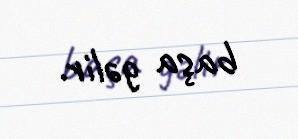
başa gəlir.